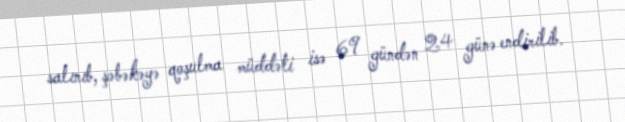
salınıb, şəbəkəyə qoşulma müddəti isə 69 gündən 24 günə endirilib.